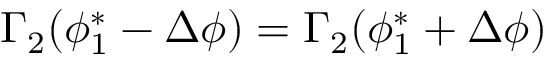
\Gamma _ { 2 } ( \phi _ { 1 } ^ { * } - \Delta \phi ) = \Gamma _ { 2 } ( \phi _ { 1 } ^ { * } + \Delta \phi )